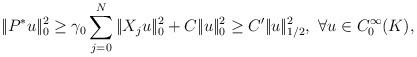
LaTeX: \begin{align*}|\!|P^*u|\!|_0^2\geq \gamma_0\sum_{j=0}^N|\!|X_ju|\!|_0^2+C|\!|u|\!|_0^2\geq C'|\!|u|\!|_{1/2}^2,\,\,\forall u\in C_0^\infty(K),\end{align*}